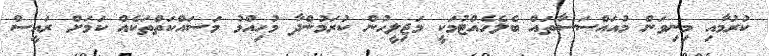
ކުރުމާއި މިނިވަން މުއައްސަސާތައް ބެލެހެއްޓުމަކީ މަޖިލީހުން ކުރަމުންދާ މުހިއްމު މަސައްކަތްތަކެއް ކަމަށް ރައީސް